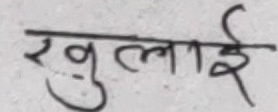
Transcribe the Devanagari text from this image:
खुलाई